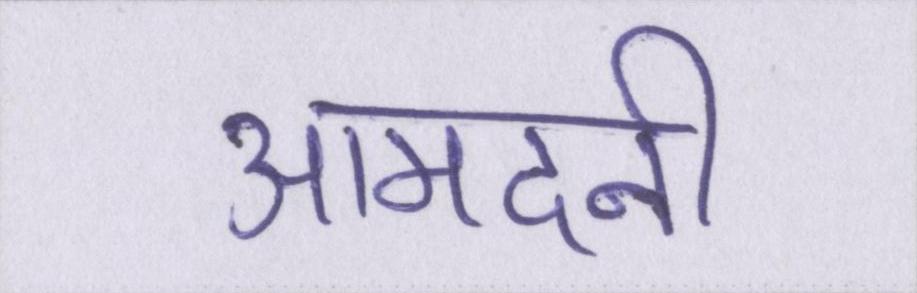
आमदनी